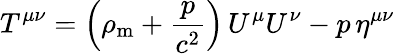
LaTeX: T^{\mu\nu}=\left(\rho_{\mathrm{m}}+{\frac{p}{c^{2}}}\right)\, U^{\mu}U^{\nu}-p\, \eta^{\mu\nu}